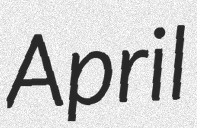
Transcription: April